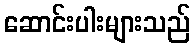
ဆောင်းပါးများသည်